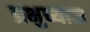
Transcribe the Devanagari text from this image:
प्रभुध्यान